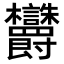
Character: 𬅜